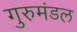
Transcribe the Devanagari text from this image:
गुरुमंडल